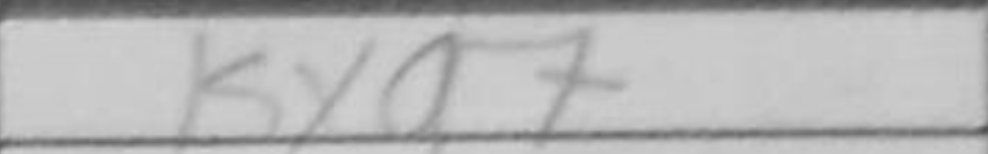
Transcription: Kxg7